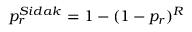
p _ { r } ^ { S i d a k } = 1 - ( 1 - p _ { r } ) ^ { R }